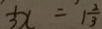
\frac { 1 } { 3 } x = 1 \frac { 2 } { 3 }